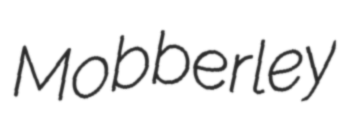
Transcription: Mobberley